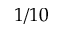
1 / 1 0